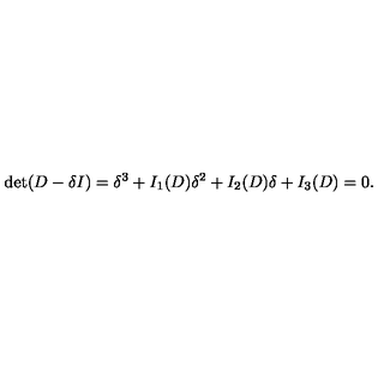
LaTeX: \det ( D - \delta I ) = \delta ^ { 3 } + I _ { 1 } ( D ) \delta ^ { 2 } + I _ { 2 } ( D ) \delta + I _ { 3 } ( D ) = 0 .